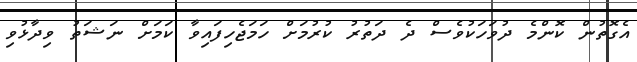
އެގޮތުން ކޮންމެ ދުވަހަކުވެސް ދެ ދަތުރު ކުރުމަށް ހަމަޖެހިފައިވާ ކަމަށް ނަޝަތު ވިދާޅުވި